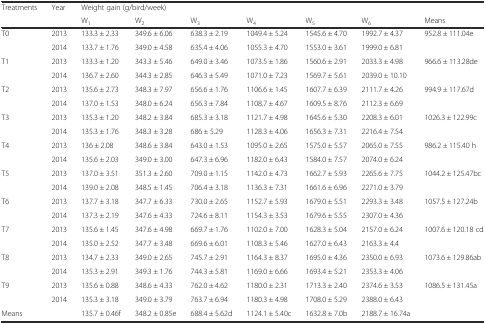
<table><thead><tr><td rowspan="2"><b>Treatments</b></td><td rowspan="2"><b>Year</b></td><td colspan="7"><b>Weight gain (g/bird/week)</b></td></tr><tr><td><b>W<sub>1</sub></b></td><td><b>W<sub>2</sub></b></td><td><b>W<sub>3</sub></b></td><td><b>W<sub>4</sub></b></td><td><b>W<sub>5</sub></b></td><td><b>W<sub>6</sub></b></td><td><b>Means</b></td></tr></thead><tbody><tr><td rowspan="2">T0</td><td>2013</td><td>133.3 ± 2.33</td><td>349.6 ± 6.06</td><td>638.3 ± 2.19</td><td>1049.4 ± 5.24</td><td>1545.6 ± 4.70</td><td>1992.7 ± 4.37</td><td rowspan="2">952.8 ± 111.04e</td></tr><tr><td>2014</td><td>133.7 ± 1.76</td><td>349.0 ± 4.58</td><td>635.4 ± 4.06</td><td>1055.3 ± 4.70</td><td>1553.0 ± 3.61</td><td>1999.0 ± 6.81</td></tr><tr><td rowspan="2">T1</td><td>2013</td><td>133.3 ± 1.20</td><td>343.3 ± 5.46</td><td>649.0 ± 3.46</td><td>1073.5 ± 1.86</td><td>1560.6 ± 2.91</td><td>2033.3 ± 4.98</td><td rowspan="2">966.6 ± 113.28de</td></tr><tr><td>2014</td><td>136.7 ± 2.60</td><td>344.3 ± 2.85</td><td>646.3 ± 5.49</td><td>1071.0 ± 7.23</td><td>1569.7 ± 5.61</td><td>2039.0 ± 10.10</td></tr><tr><td rowspan="2">T2</td><td>2013</td><td>135.6 ± 2.73</td><td>348.3 ± 7.97</td><td>656.6 ± 1.76</td><td>1106.6 ± 1.45</td><td>1607.7 ± 6.39</td><td>2111.7 ± 4.26</td><td rowspan="2">994.9 ± 117.67d</td></tr><tr><td>2014</td><td>137.0 ± 1.53</td><td>348.0 ± 6.24</td><td>656.3 ± 7.84</td><td>1108.7 ± 4.67</td><td>1609.5 ± 8.76</td><td>2112.3 ± 6.69</td></tr><tr><td rowspan="2">T3</td><td>2013</td><td>135.3 ± 1.20</td><td>348.2 ± 3.84</td><td>685.3 ± 3.18</td><td>1121.7 ± 4.98</td><td>1645.6 ± 5.30</td><td>2208.3 ± 6.01</td><td rowspan="2">1026.3 ± 122.99c</td></tr><tr><td>2014</td><td>135.3 ± 1.76</td><td>348.3 ± 3.28</td><td>686 ± 5.29</td><td>1128.3 ± 4.06</td><td>1656.3 ± 7.31</td><td>2216.4 ± 7.54</td></tr><tr><td rowspan="2">T4</td><td>2013</td><td>136 ± 2.08</td><td>348.6 ± 3.84</td><td>643.0 ± 1.53</td><td>1095.0 ± 2.65</td><td>1575.0 ± 5.57</td><td>2065.0 ± 7.55</td><td rowspan="2">986.2 ± 115.40 h</td></tr><tr><td>2014</td><td>135.6 ± 2.03</td><td>349.0 ± 3.00</td><td>647.3 ± 6.96</td><td>1182.0 ± 6.43</td><td>1584.0 ± 7.57</td><td>2074.0 ± 6.24</td></tr><tr><td rowspan="2">T5</td><td>2013</td><td>137.0 ± 3.51</td><td>351.3 ± 2.60</td><td>709.0 ± 1.15</td><td>1142.0 ± 4.73</td><td>1662.7 ± 5.93</td><td>2265.6 ± 7.75</td><td rowspan="2">1044.2 ± 125.47bc</td></tr><tr><td>2014</td><td>139.0 ± 2.08</td><td>348.5 ± 1.45</td><td>706.4 ± 3.18</td><td>1136.3 ± 7.31</td><td>1661.6 ± 6.96</td><td>2271.0 ± 3.79</td></tr><tr><td rowspan="2">T6</td><td>2013</td><td>137.7 ± 3.18</td><td>347.7 ± 6.33</td><td>730.0 ± 2.65</td><td>1152.7 ± 5.93</td><td>1679.0 ± 5.51</td><td>2293.3 ± 3.48</td><td rowspan="2">1057.5 ± 127.24b</td></tr><tr><td>2014</td><td>137.3 ± 2.19</td><td>347.6 ± 4.33</td><td>724.6 ± 8.11</td><td>1154.3 ± 3.53</td><td>1679.6 ± 5.55</td><td>2307.0 ± 4.36</td></tr><tr><td rowspan="2">T7</td><td>2013</td><td>135.6 ± 1.45</td><td>347.6 ± 4.98</td><td>669.7 ± 1.76</td><td>1102.0 ± 7.00</td><td>1628.3 ± 5.04</td><td>2157.0 ± 6.24</td><td rowspan="2">1007.6 ± 120.18 cd</td></tr><tr><td>2014</td><td>135.0 ± 2.52</td><td>347.7 ± 3.48</td><td>669.6 ± 6.01</td><td>1108.3 ± 5.46</td><td>1627.0 ± 6.43</td><td>2163.3 ± 4.4</td></tr><tr><td rowspan="2">T8</td><td>2013</td><td>134.7 ± 2.33</td><td>349.0 ± 2.65</td><td>745.7 ± 2.91</td><td>1164.3 ± 8.37</td><td>1695.0 ± 4.36</td><td>2350.0 ± 6.93</td><td rowspan="2">1073.6 ± 129.86ab</td></tr><tr><td>2014</td><td>135.3 ± 2.91</td><td>349.3 ± 1.76</td><td>744.3 ± 5.81</td><td>1169.0 ± 6.66</td><td>1693.4 ± 5.21</td><td>2353.3 ± 4.06</td></tr><tr><td rowspan="2">T9</td><td>2013</td><td>135.6 ± 0.88</td><td>348.6 ± 4.33</td><td>762.0 ± 4.62</td><td>1180.0 ± 2.31</td><td>1713.3 ± 2.40</td><td>2374.6 ± 3.53</td><td rowspan="2">1086.5 ± 131.45a</td></tr><tr><td>2014</td><td>135.3 ± 3.18</td><td>349.0 ± 3.79</td><td>763.7 ± 6.94</td><td>1180.3 ± 4.98</td><td>1708.0 ± 5.29</td><td>2388.0 ± 6.43</td></tr><tr><td colspan="2">Means</td><td>135.7 ± 0.46f</td><td>348.2 ± 0.85e</td><td>688.4 ± 5.62d</td><td>1124.1 ± 5.40c</td><td>1632.8 ± 7.0b</td><td>2188.7 ± 16.74a</td><td></td></tr></tbody></table>